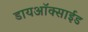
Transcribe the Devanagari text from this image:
डायअाॅक्साईड